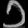
Digit: ၁